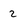
Character: 2